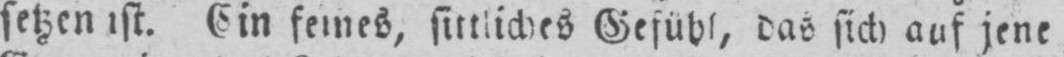
setzen ist. Ein feines, sittliches Gefühl, das sich auf jene